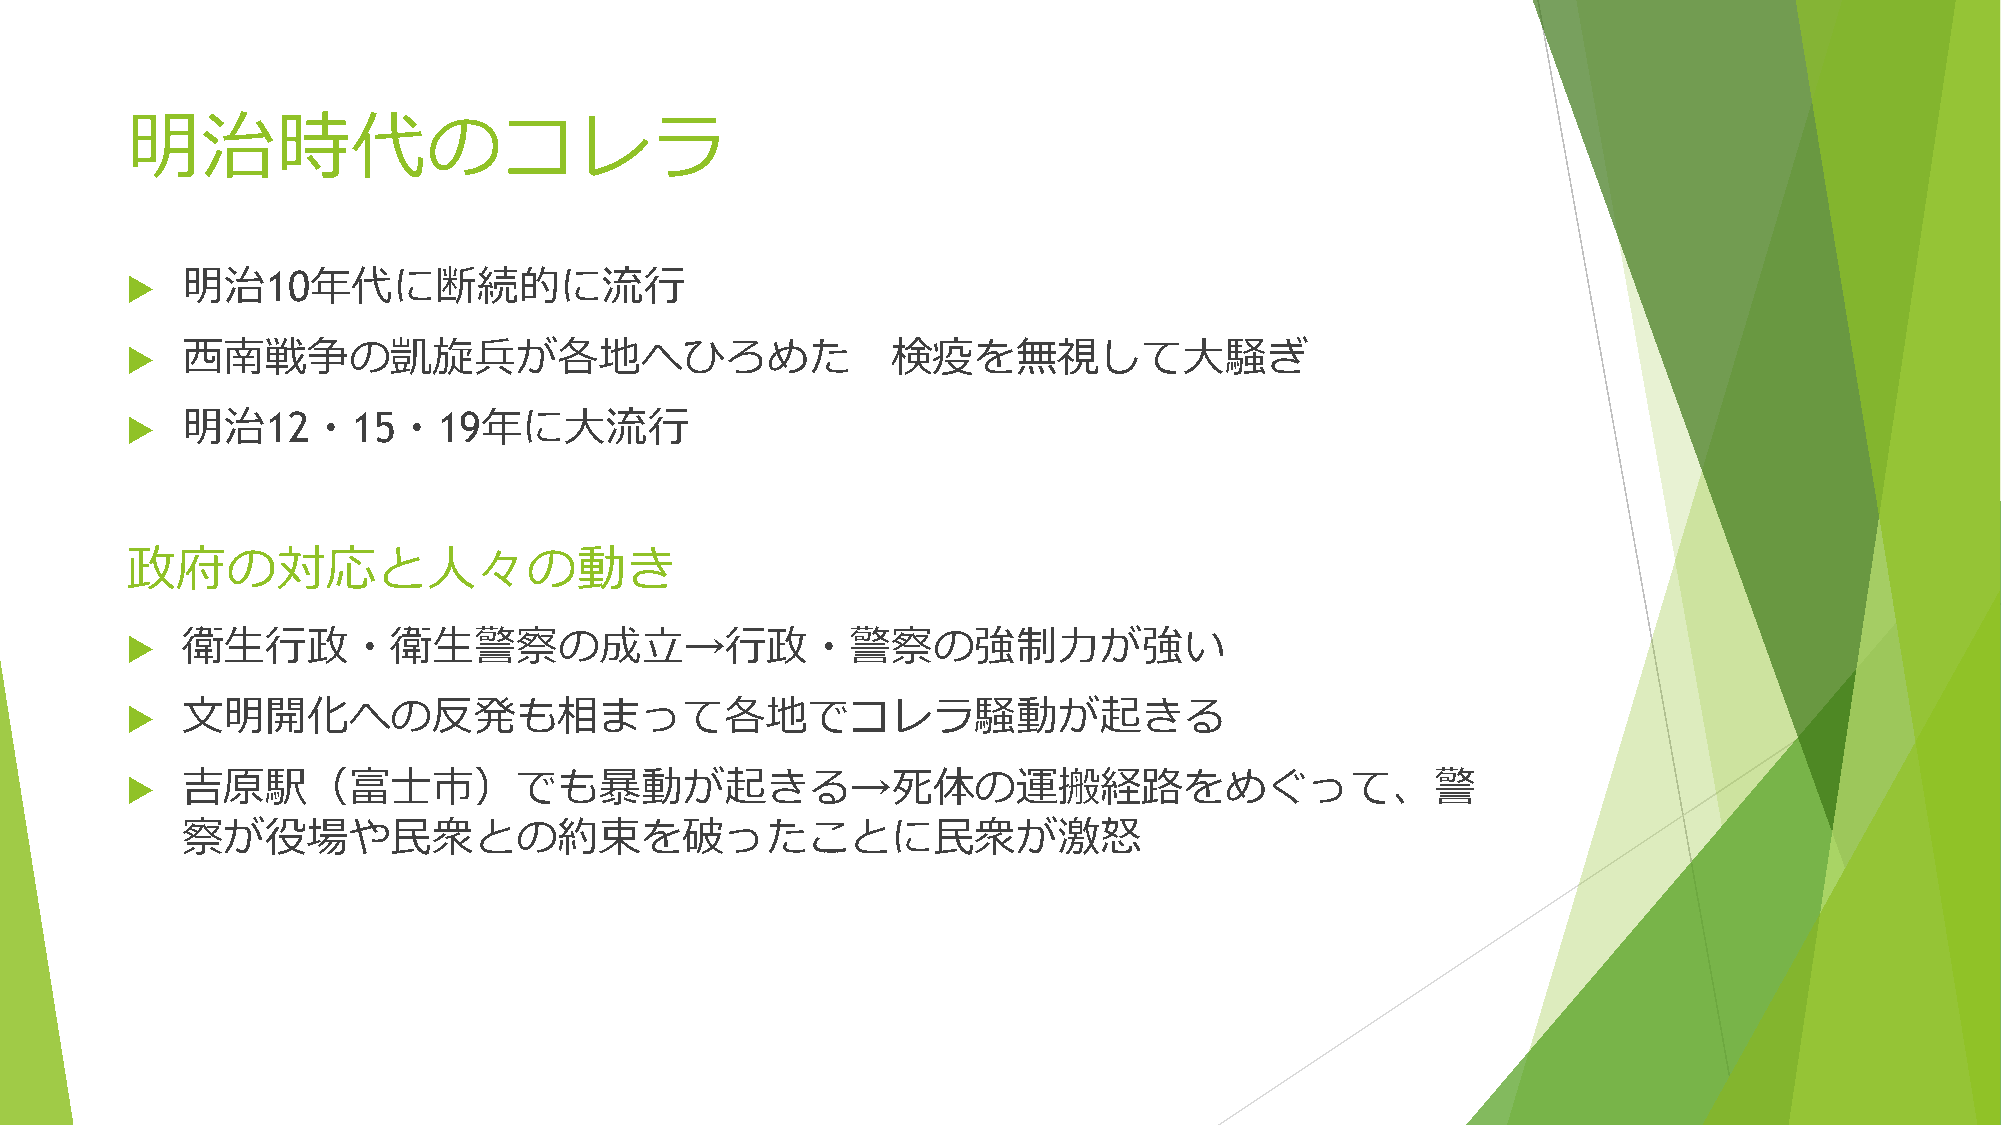
明治時代のコレラ
 明治10年代に断続的に流行
 
 西南戦争の凱旋兵が各地へひろめた                               検疫を無視して大騒ぎ
 
 明治12・15・19年に大流行
 
 政府の対応と人々の動き
 衛生行政・衛生警察の成立→行政・警察の強制力が強い
 
 文明開化への反発も相まって各地でコレラ騒動が起きる
 
 吉原駅（富士市）でも暴動が起きる→死体の運搬経路をめぐって、警
 
 察が役場や民衆との約束を破ったことに民衆が激怒